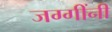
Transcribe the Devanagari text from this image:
जग्गींनी